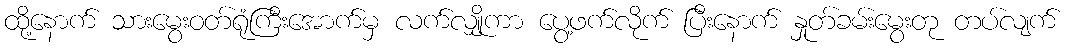
ထို့နောက် သားမွေးဝတ်ရုံကြီးအောက်မှ လက်လျှိုကာ ပွေ့ဖက်လိုက် ပြီးနောက် နှုတ်ခမ်းမွေးတု တပ်လျက်